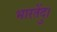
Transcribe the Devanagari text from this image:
भारतेंदु।